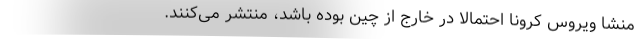
منشا ویروس کرونا احتمالا در خارج از چین بوده باشد، منتشر می‌کنند.